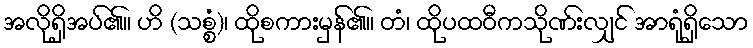
အလိုရှိအပ်၏။ ဟိ (သစ္စံ)၊ ထိုစကားမှန်၏။ တံ၊ ထိုပထဝီကသိုဏ်းလျှင် အာရုံရှိသော